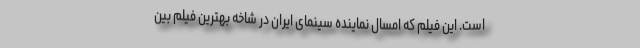
است. این فیلم که امسال نماینده سینمای ایران در شاخه بهترین فیلم بین